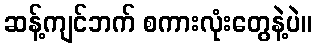
ဆန့်ကျင်ဘက် စကားလုံးတွေနဲ့ပဲ။